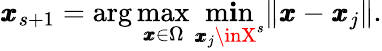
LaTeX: \pmb{x}_{s+1}=\arg\operatorname*{max}_{\pmb{x}\in\Omega}\operatorname*{m\mathbf{i}n}_{\pmb{x}_{j}\inX^{s}}\| \pmb{x}-\pmb{x}_{j}\| .